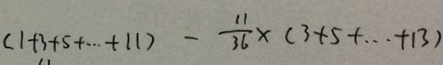
( 1 + 3 + 5 + \cdots + 1 1 ) - \frac { 1 1 } { 3 6 } \times ( 3 + 5 + \cdots + 1 3 )